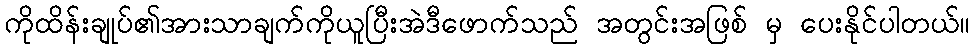
ကိုထိန်းချုပ်၏အားသာချက်ကိုယူပြီးအဲဒီဖောက်သည် အတွင်းအဖြစ် မှ ပေးနိုင်ပါတယ်။